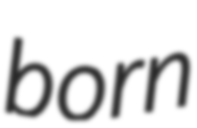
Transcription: born